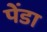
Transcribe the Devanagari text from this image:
पेंडा